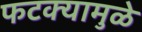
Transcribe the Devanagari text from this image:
फटक्यामुळे